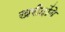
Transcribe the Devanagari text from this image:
खरीदोंगे